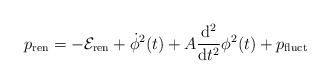
\begin{align*}p_{\rm ren}=-{\cal E}_{\rm ren}+\dot\phi^2(t)+ A \frac{\rm d^2}{{\rm d}t^2}\phi^2(t) +p_{\rm fluct}\end{align*}